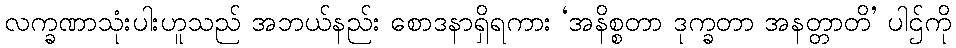
လက္ခဏာသုံးပါးဟူသည် အဘယ်နည်း စောဒနာရှိရကား ‘အနိစ္စတာ ဒုက္ခတာ အနတ္တာတိ’ ပါဌ်ကို